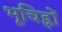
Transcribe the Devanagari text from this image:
भूचिह्नों